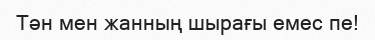
Тән мен жанның шырағы емес пе!